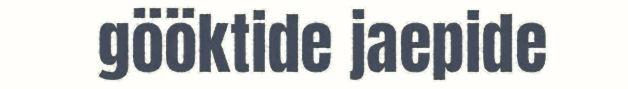
gööktide jaepide